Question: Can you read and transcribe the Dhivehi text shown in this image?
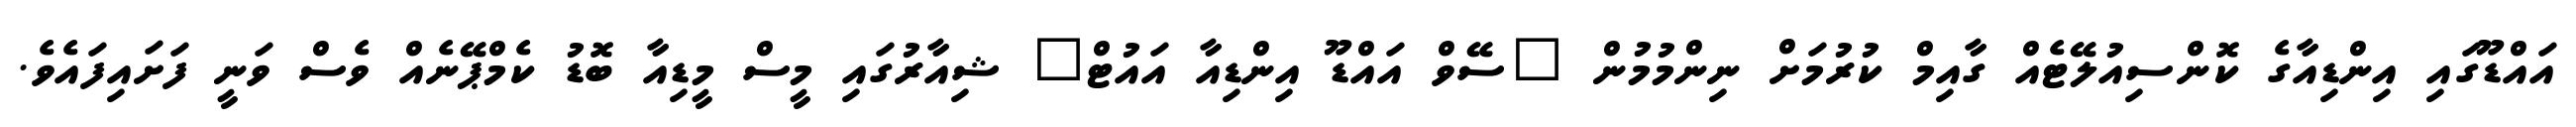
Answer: އައްޑޫގައި އިންޑިއާގެ ކޮންސިއުލޭޓެއް ގާއިމް ކުރުމަށް ނިންމުމުން "ސޭވް އައްޑޫ އިންޑިއާ އައުޓް" ޝިއާރުގައި މީސް މީޑިއާ ބޮޑު ކެމްޕޭނެއް ވެސް ވަނީ ފަށައިފައެވެ.